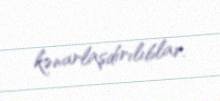
kənarlaşdırılıblar.